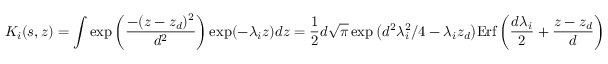
K _ { i } ( s , z ) = \int \exp \bigg ( \displaystyle \frac { - ( z - z _ { d } ) ^ { 2 } } { d ^ { 2 } } \bigg ) \exp ( - \lambda _ { i } z ) d z = \frac { 1 } { 2 } d \sqrt { \pi } \exp \big ( d ^ { 2 } \lambda _ { i } ^ { 2 } / 4 - \lambda _ { i } z _ { d } \big ) \mathrm { E r f } \, { \bigg ( \frac { d \lambda _ { i } } { 2 } + \frac { z - z _ { d } } { d } \bigg ) }